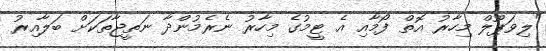
"ލިވަޕޫލް މިހާރު އޮތް ފޯމާއި އެ ޓީމުގެ މިހާރު ނެރެމުންދާ ނަތީޖާތަކަށް ބަލާއިރު